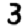
Digit: 3